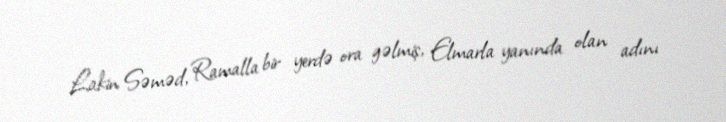
Lakin Səməd, Ramalla bir yerdə ora gəlmiş, Elmarla yanında olan adını